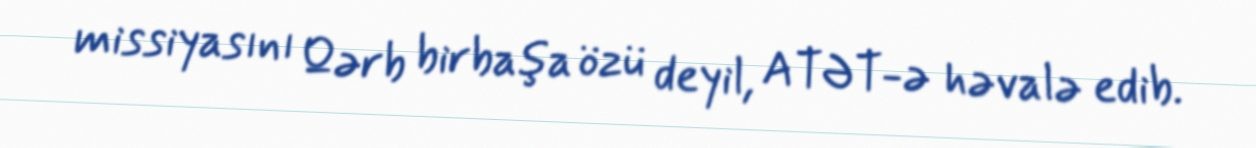
missiyasını Qərb birbaşa özü deyil, ATƏT-ə həvalə edib.